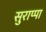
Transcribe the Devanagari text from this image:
सुराप्पा